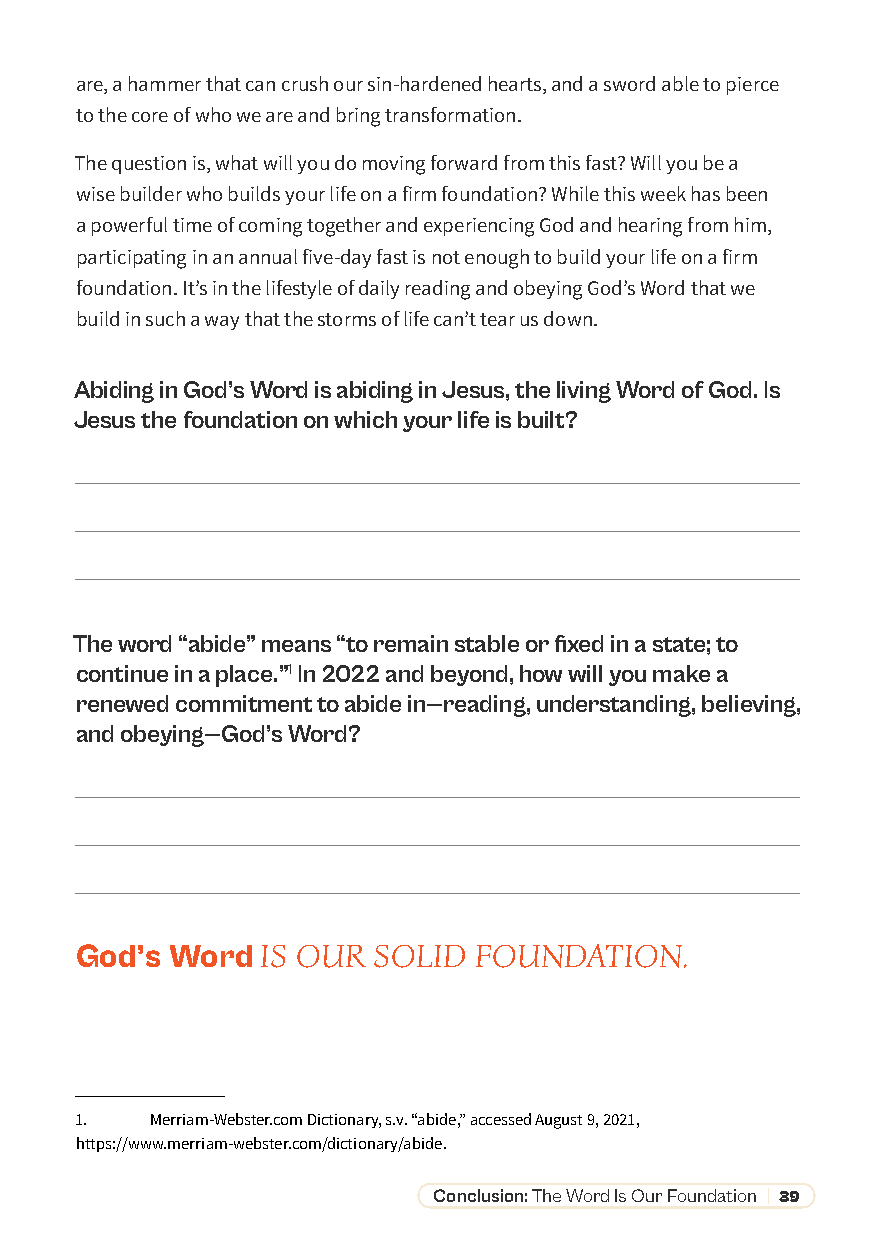
are, a hammer that can crush our sin-hardened hearts, and a sword able to pierce
 to the core of who we are and bring transformation.
 The question is, what will you do moving forward from this fast? Will you be a
 wise builder who builds your life on a firm foundation? While this week has been
 a powerful time of coming together and experiencing God and hearing from him,
 participating in an annual five-day fast is not enough to build your life on a firm
 foundation. It’s in the lifestyle of daily reading and obeying God’s Word that we
 build in such a way that the storms of life can’t tear us down.
 Abiding in God’s Word is abiding in Jesus, the living Word of God. Is
 Jesus the foundation on which your life is built?
 The word “abide” means “to remain stable or fixed in a state; to
 continue in a place.”1 In 2022 and beyond, how will you make a
 renewed commitment to abide in—reading, understanding, believing,
 and obeying—God’s Word?
 God’s Word  IS OUR  SOLID FOUNDATION.
 1.   Merriam-Webster.com Dictionary, s.v. “abide,” accessed August 9, 2021,
 https://www.merriam-webster.com/dictionary/abide.
 Conclusion: The Word Is Our Foundation | 39